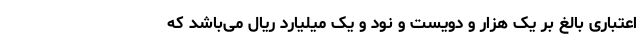
اعتباری بالغ بر یک هزار و دویست و نود و یک میلیارد ریال می‌باشد که